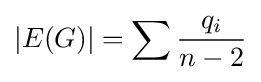
|E(G)|=\sum {\frac {q_{i}}{n-2}}